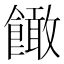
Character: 䭛